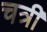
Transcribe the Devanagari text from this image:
चत्री